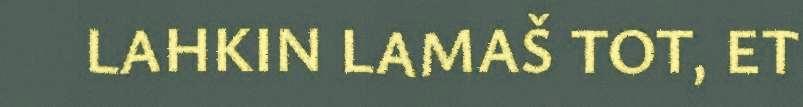
LAHKIN LAMAŠ TOT, ET